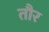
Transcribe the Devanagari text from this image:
तौर